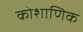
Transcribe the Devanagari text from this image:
कोशाणिक